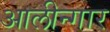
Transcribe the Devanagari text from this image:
आलीन्गार